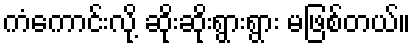
ကံကောင်းလို့ ဆိုးဆိုးရွားရွား မဖြစ်တယ်။